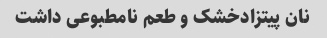
نان پیتزادخشک و طعم نامطبوعی داشت